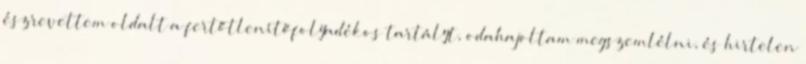
észrevettem oldalt a fertőtlenítőfolyadékos tartályt, odahajoltam megszemlélni, és hirtelen